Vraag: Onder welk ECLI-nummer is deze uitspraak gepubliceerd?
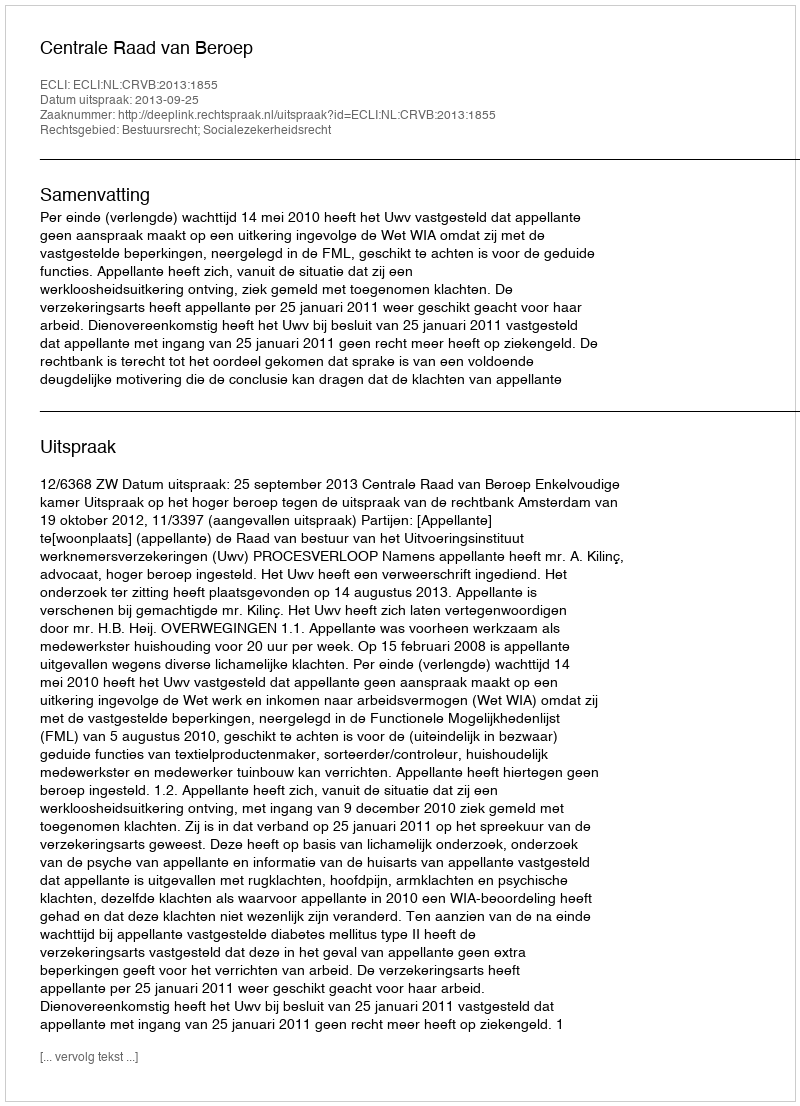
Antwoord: ECLI:NL:CRVB:2013:1855